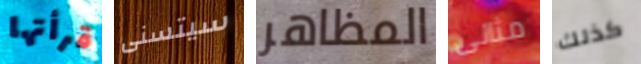
قرأتها سيتسنى المظاهر مثالى كذلك